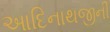
આદિનાથજીની